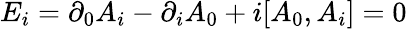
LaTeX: E_{i}=\partial_{0}A_{i}-\partial_{i}A_{0}+i[A_{0},A_{i}]=0